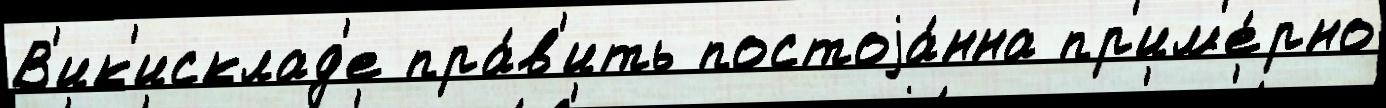
В'ик'исклад'е пра́в'ить постоjа́нна пр'им'е́рно